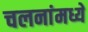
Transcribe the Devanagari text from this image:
चलनांमध्ये